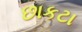
છાકટા